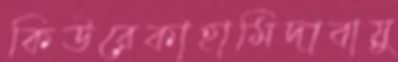
কিউরেকাহামিদাবায়ু